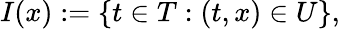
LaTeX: I(x):=\{ t\in T:(t,x)\in U\} ,